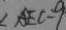
\angle A E C = 9